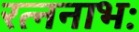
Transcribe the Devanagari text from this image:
रत्ननाभः